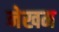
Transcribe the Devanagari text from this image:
नेखम